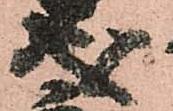
成